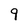
Character: 9